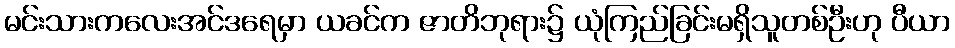
မင်းသားကလေးအင်ဒရေမှာ ယခင်က ဇာတိဘုရား၌ ယုံကြည်ခြင်းမရှိသူတစ်ဦးဟု ပီယာ